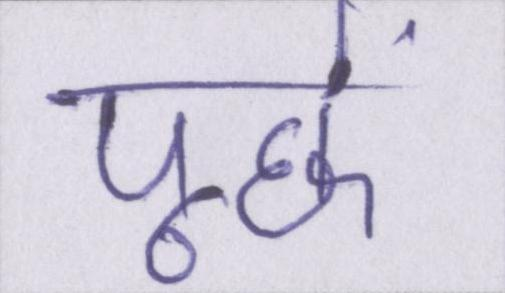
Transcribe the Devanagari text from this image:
पूछें